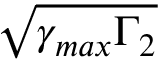
\sqrt { \gamma _ { m a x } \Gamma _ { 2 } }